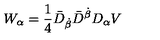
W _ { \alpha } = \frac 1 4 \bar { D } _ { \dot { \beta } } \bar { D } ^ { \dot { \beta } } D _ { \alpha } V